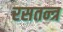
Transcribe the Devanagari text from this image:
रसतन्त्र